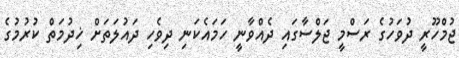
ޖުމްހޫރީ ދުވަހުގެ ރަސްމީ ޖަލްސާގައި ދެއްވާނީ ހަމައެކަނި ދިވެހި ދައުލަތަށް ޚިދުމަތް ކުރުމުގެ